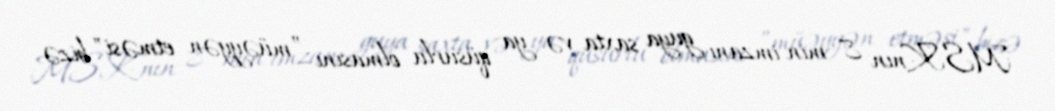
MSK-nın 8 min imzanı guya saxta və ya qüsurlu olmasını ”müəyyən etməsi" bizə